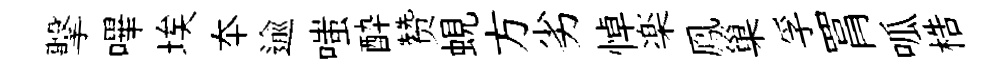
擊嗶埃夲逾嗤酔赞蜆方劣悼楽鳯巢孚罥呱梏